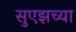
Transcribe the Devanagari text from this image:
सुएझच्या